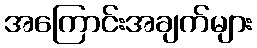
အကြောင်းအချက်များ